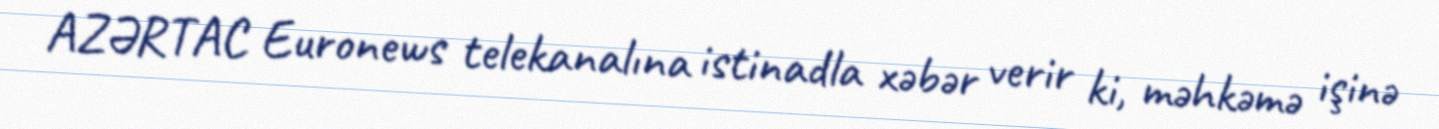
AZƏRTAC Euronews telekanalına istinadla xəbər verir ki, məhkəmə işinə